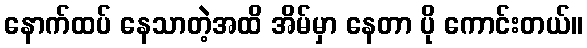
နောက်ထပ် နေသာတဲ့အထိ အိမ်မှာ နေတာ ပို ကောင်းတယ်။